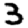
Digit: 3